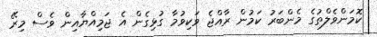
ކޮމަންވެލްތުގެ މެންބަރު ކަމުން ރާއްޖެ ވަކިވުމާ ގުޅިގެން އެ ޖަމިއްޔާއިން ވެސް މިރޭ